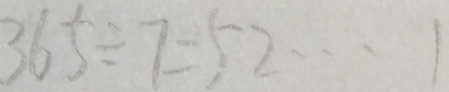
3 6 5 \div 7 = 5 2 \cdots 1